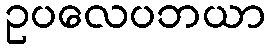
ဥပလေပဘယာ